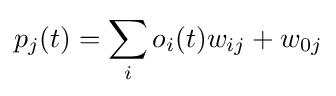
p_{j}(t)=\sum _{i}o_{i}(t)w_{ij}+w_{0j}